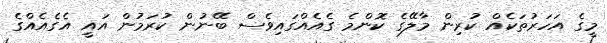
މީގެ އަހަރުތަކެއް ކުރިން މާލޭގެ ކޮންމެ ގެއެއްގައިވެސް ބޭނުން ކުރަމުން އައީ އެގެއެއްގެ